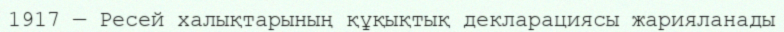
1917 — Ресей халықтарының құқықтық декларациясы жарияланады